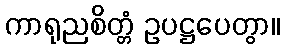
ကာရုညစိတ္တံ ဥပဋ္ဌပေတွာ။